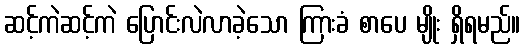
ဆင့်ကဲဆင့်ကဲ ပြောင်းလဲလာခဲ့သော ကြားခံ စာပေ မျိုး ရှိရမည်။